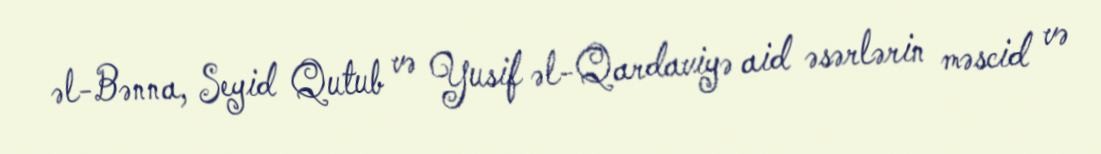
əl-Bənna, Seyid Qutub və Yusif əl-Qardaviyə aid əsərlərin məscid və